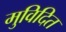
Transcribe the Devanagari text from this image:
मुविदित